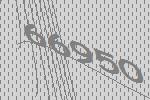
66950